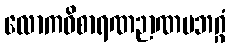
လောကဝိစာရဏဉာဏပဘဂ္ဂံ